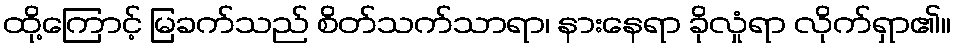
ထို့ကြောင့် မြခက်သည် စိတ်သက်သာရာ၊ နားနေရာ ခိုလှုံရာ လိုက်ရှာ၏။